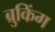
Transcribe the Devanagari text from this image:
ब्रुकिंग